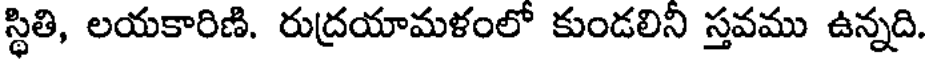
స్థితి, లయకారిణి. రుద్రయామళంలో కుండలిని స్తవము ఉన్నది.